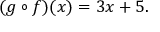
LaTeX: ( g \circ f ) ( x ) = 3 x + 5 .